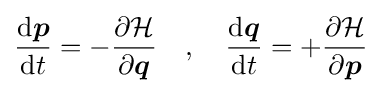
{\frac {\mathrm {d} {\boldsymbol {p}}}{\mathrm {d} t}}=-{\frac {\partial {\mathcal {H}}}{\partial {\boldsymbol {q}}}}\quad ,\quad {\frac {\mathrm {d} {\boldsymbol {q}}}{\mathrm {d} t}}=+{\frac {\partial {\mathcal {H}}}{\partial {\boldsymbol {p}}}}